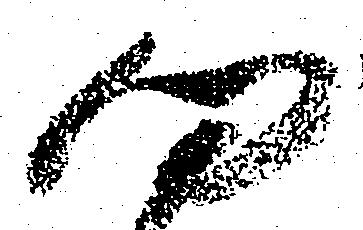
向